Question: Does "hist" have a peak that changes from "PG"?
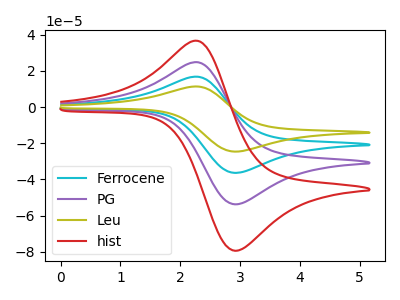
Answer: <think>The cyan curve "Ferrocene" has an anodic peak at (2.30V, 49.50uA) and a cathodic peak at (2.90V, -107.50uA). The purple curve "PG" has an anodic peak at (2.30V, 24.75uA) and a cathodic peak at (2.90V, -53.75uA). The olive curve "Leu" has an anodic peak at (2.30V, 74.30uA) and a cathodic peak at (2.90V, -161.25uA). The red curve "hist" has an anodic peak at (2.30V, 36.60uA) and a cathodic peak at (2.90V, -79.40uA).
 All the peaks in "hist" have a peak in "PG" at the same potential. Every peak in "hist" is higher than every peak in "PG".</think>
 <answer>No, "hist" and "PG" don't appear to be significantly different in shape</answer>
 <eval>no_change</eval>